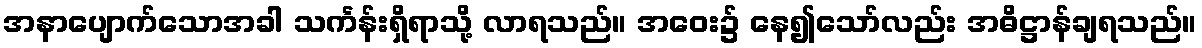
အနာပျောက်သောအခါ သင်္ကန်းရှိရာသို့ လာရသည်။ အဝေး၌ နေ၍သော်လည်း အဓိဋ္ဌာန်ချရသည်။